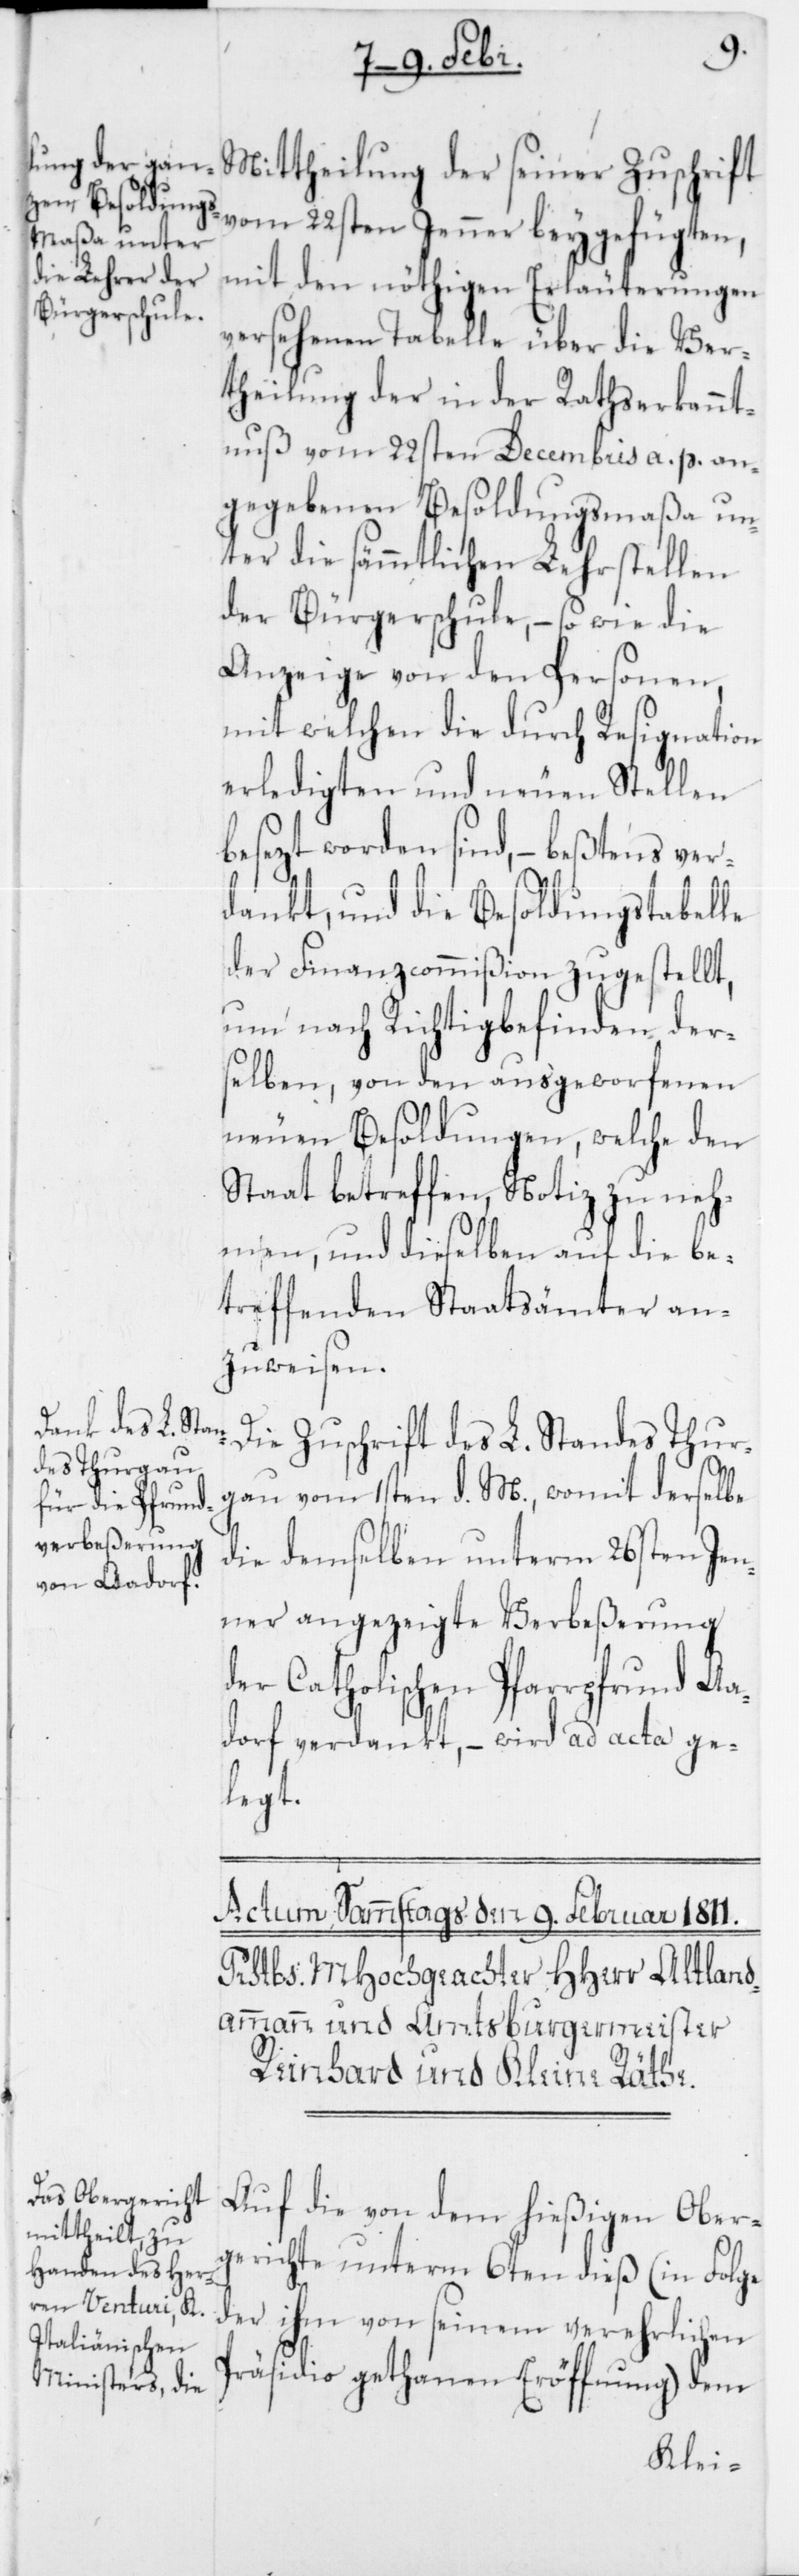
Mittheilung der seiner Zuschrift
vom 22sten Jenner beygefügten,
mit den nöthigen Erläuterungen
versehenen Tabelle über die Ver¬
theilung der in der Rathserkannt¬
nuß vom 22sten Decembris a. p. an¬
gegebenen Besoldungsmaßa un¬
ter die sämmtlichen Lehrstellen
der Bürgerschule, – so wie die
Anzeige von den Personen,
mit welchen die durch Resignation
erledigten und neuen Stellen
besezt worden sind, – beßtens ver¬
dankt, und die Besoldungstabelle
der Finanzcommißion zugestellt,
um nach Richtigbefinden der¬
selben, von den ausgeworfenen
neuen Besoldungen, welche den
Staat betreffen, Notiz zu neh¬
men, und dieselben auf die be¬
treffenden Staatsämter an¬
zuweisen.
Die Zuschrift des L. Standes Thur¬
gau vom 1sten d. M., womit derselbe
die demselben unterm 26sten Jen¬
ner angezeigte Verbeßerung
der Catholischen Pfarrpfrund Aa¬
dorf verdankt, – wird ad acta ge¬
legt.
Auf die von dem hießigen Ober¬
gerichte unterm 6ten dieß (in Folge
der ihm von seinem verehrlichen
Präsidio gethanen Eröffnung) dem